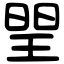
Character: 𤦉